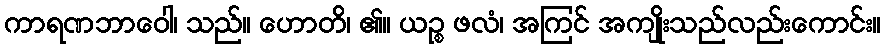
ကာရဏဘာဝေါ၊ သည်။ ဟောတိ၊ ၏။ ယဉ္စ ဖလံ၊ အကြင် အကျိုးသည်လည်းကောင်း။